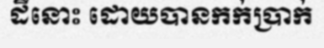
ដីនោះ ដោយបានកក់ប្រាក់